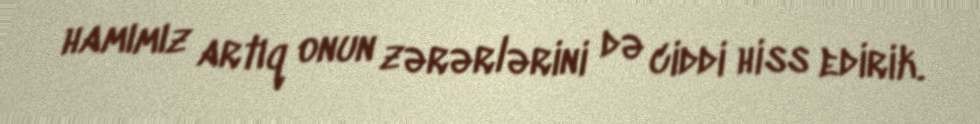
hamımız artıq onun zərərlərini də ciddi hiss edirik.